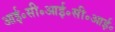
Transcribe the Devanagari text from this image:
आई॰सी॰आई॰सी॰आई॰